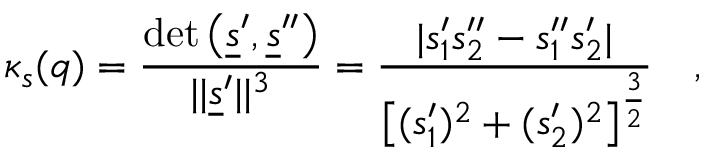
\kappa _ { s } ( q ) = \frac { \mathrm { \operatorname* { d e t } } \left( \underline { { s } } ^ { \prime } , \underline { { s } } ^ { \prime \prime } \right) } { \vert \vert \underline { { s } } ^ { \prime } \vert \vert ^ { 3 } } = \frac { \vert s _ { 1 } ^ { \prime } s _ { 2 } ^ { \prime \prime } - s _ { 1 } ^ { \prime \prime } s _ { 2 } ^ { \prime } \vert } { \left[ ( s _ { 1 } ^ { \prime } ) ^ { 2 } + ( s _ { 2 } ^ { \prime } ) ^ { 2 } \right] ^ { \frac { 3 } { 2 } } } \quad ,